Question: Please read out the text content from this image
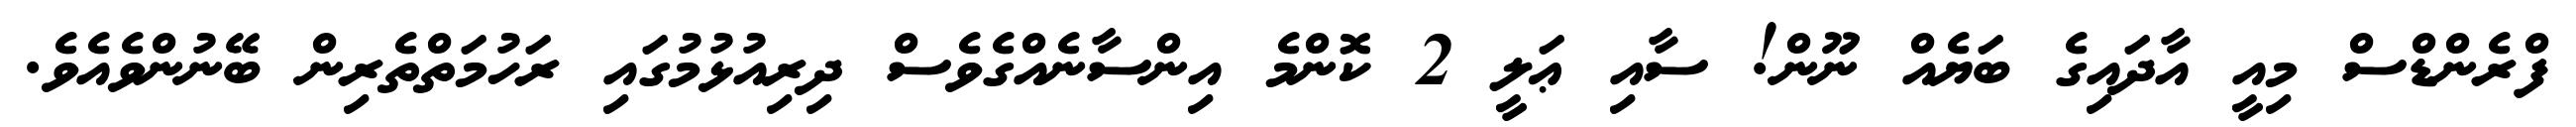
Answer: ފްރެންޑްސް މިއީ އާދައިގެ ބަޔެއް ނޫން! ސާއި ޢަލީ 2 ކޮންމެ އިންސާނެއްގެވެސް ދިރިއުޅުމުގައި ރަހުމަތްތެރިން ބޭނުންވެއެވެ.